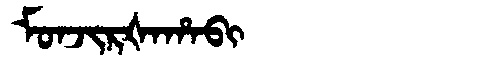
Manchu: ᠮᠣᠨᠵᡳᡵᡧᠠᡥᠠᠪᡳ
Romanization: MONJIRŠAHABI